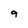
Character: 9